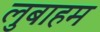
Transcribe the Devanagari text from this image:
लुबाहम